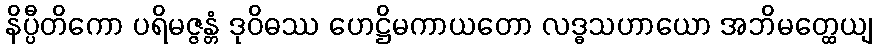
နိပ္ပီတိကော ပရိမဇ္ဇန္တံ ဒုဝိဓဿ ဟေဋ္ဌိမကာယတော လဒ္ဓသဟာယော အဘိမတ္ထေယျ